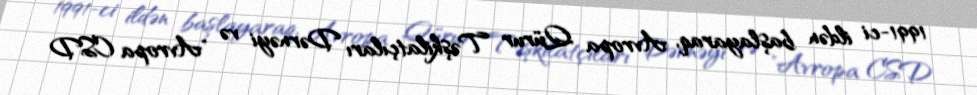
1991-ci ildən başlayaraq, Avropa Qürur Təşkilatçıları Dərnəyi və "Avropa CSD